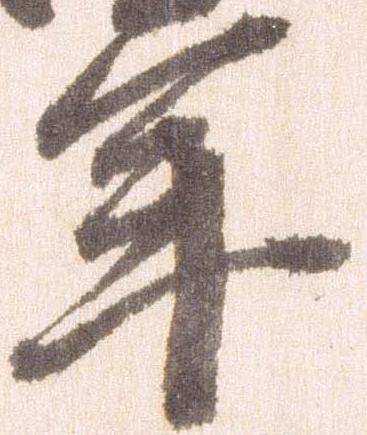
年